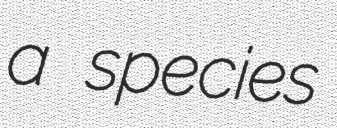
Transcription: a species